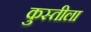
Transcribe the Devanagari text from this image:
कुस्तीला